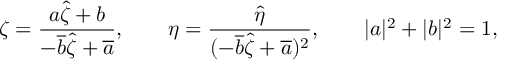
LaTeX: \zeta = \frac { a \hat { \zeta } + b } { - \overline { { { b } } } \hat { \zeta } + \overline { { { a } } } } , \qquad \eta = \frac { \hat { \eta } } { ( - \overline { { { b } } } \hat { \zeta } + \overline { { { a } } } ) ^ { 2 } } , \qquad | a | ^ { 2 } + | b | ^ { 2 } = 1 ,